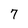
Character: 7